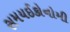
સમયઈકોનોમી